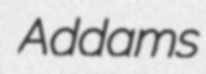
Addams